Document type: payment_order
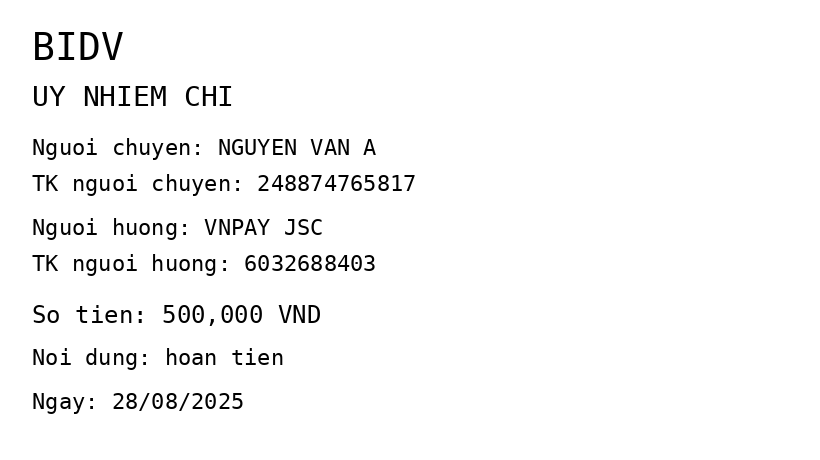
OCR transcript:
BIDV
UY NHIEM CHI
Nguoi chuyen: NGUYEN VAN A
TK nguoi chuyen: 248874765817
Nguoi huong: VNPAY JSC
TK nguoi huong: 6032688403
So tien: 500,000 VND
Noi dung: hoan tien
Ngay: 28/08/2025
Extracted fields:
bank_name: bidv
sender_name: nguyen van a
sender_account: 248874765817
beneficiary_name: vnpay jsc
beneficiary_account: 6032688403
amount: 500000
content: hoan tien
date: 2025-08-28